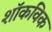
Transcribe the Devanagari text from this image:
शॉकविक